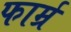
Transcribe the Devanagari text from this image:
फार्म्र